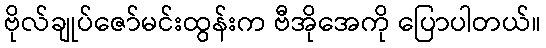
ဗိုလ်ချုပ်ဇော်မင်းထွန်းက ဗီအိုအေကို ပြောပါတယ်။